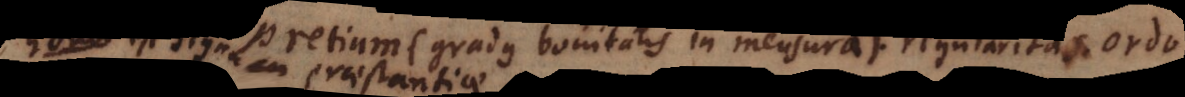
(aliorsum pretium (gradus bonitatis in mensura). regularitas. ordo.